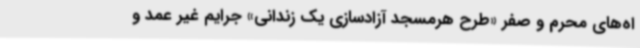
اه‌های محرم و صفر «طرح هرمسجد آزادسازی یک زندانی» جرایم غیر عمد و